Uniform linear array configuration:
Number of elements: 24
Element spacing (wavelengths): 0.25
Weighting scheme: blackman
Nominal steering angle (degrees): -30
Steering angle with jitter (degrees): -30.367
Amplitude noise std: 0.05
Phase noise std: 0.05

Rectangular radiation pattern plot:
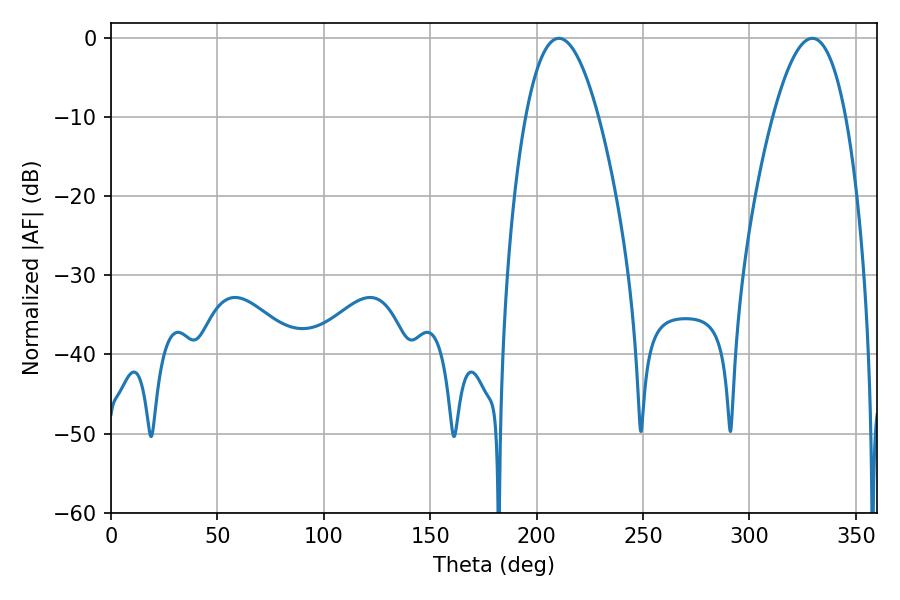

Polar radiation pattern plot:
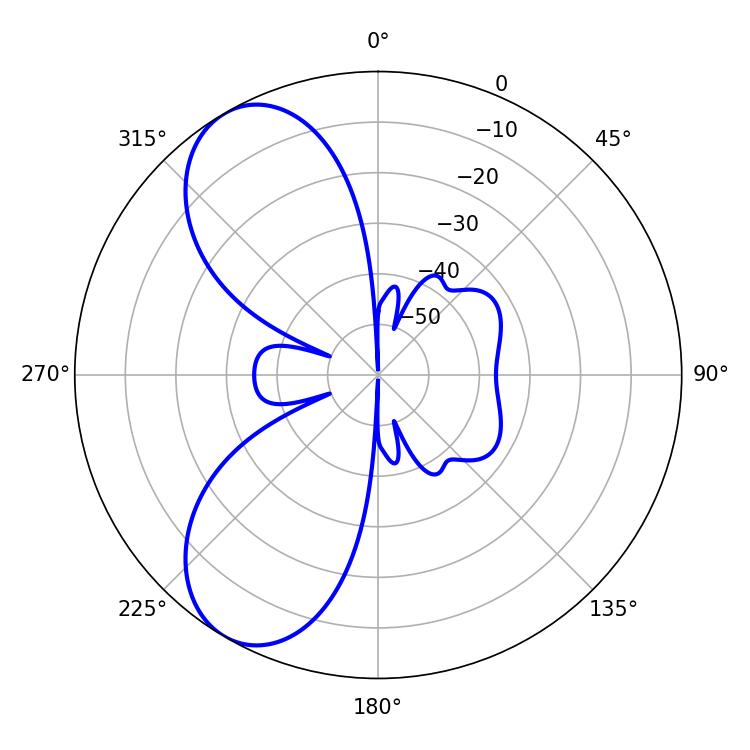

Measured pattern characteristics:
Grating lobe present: FALSE
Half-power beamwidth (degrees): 18.9
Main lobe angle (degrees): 210.42